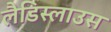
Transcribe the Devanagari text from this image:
लैडिस्लाउस